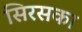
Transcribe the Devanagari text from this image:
सिरसका